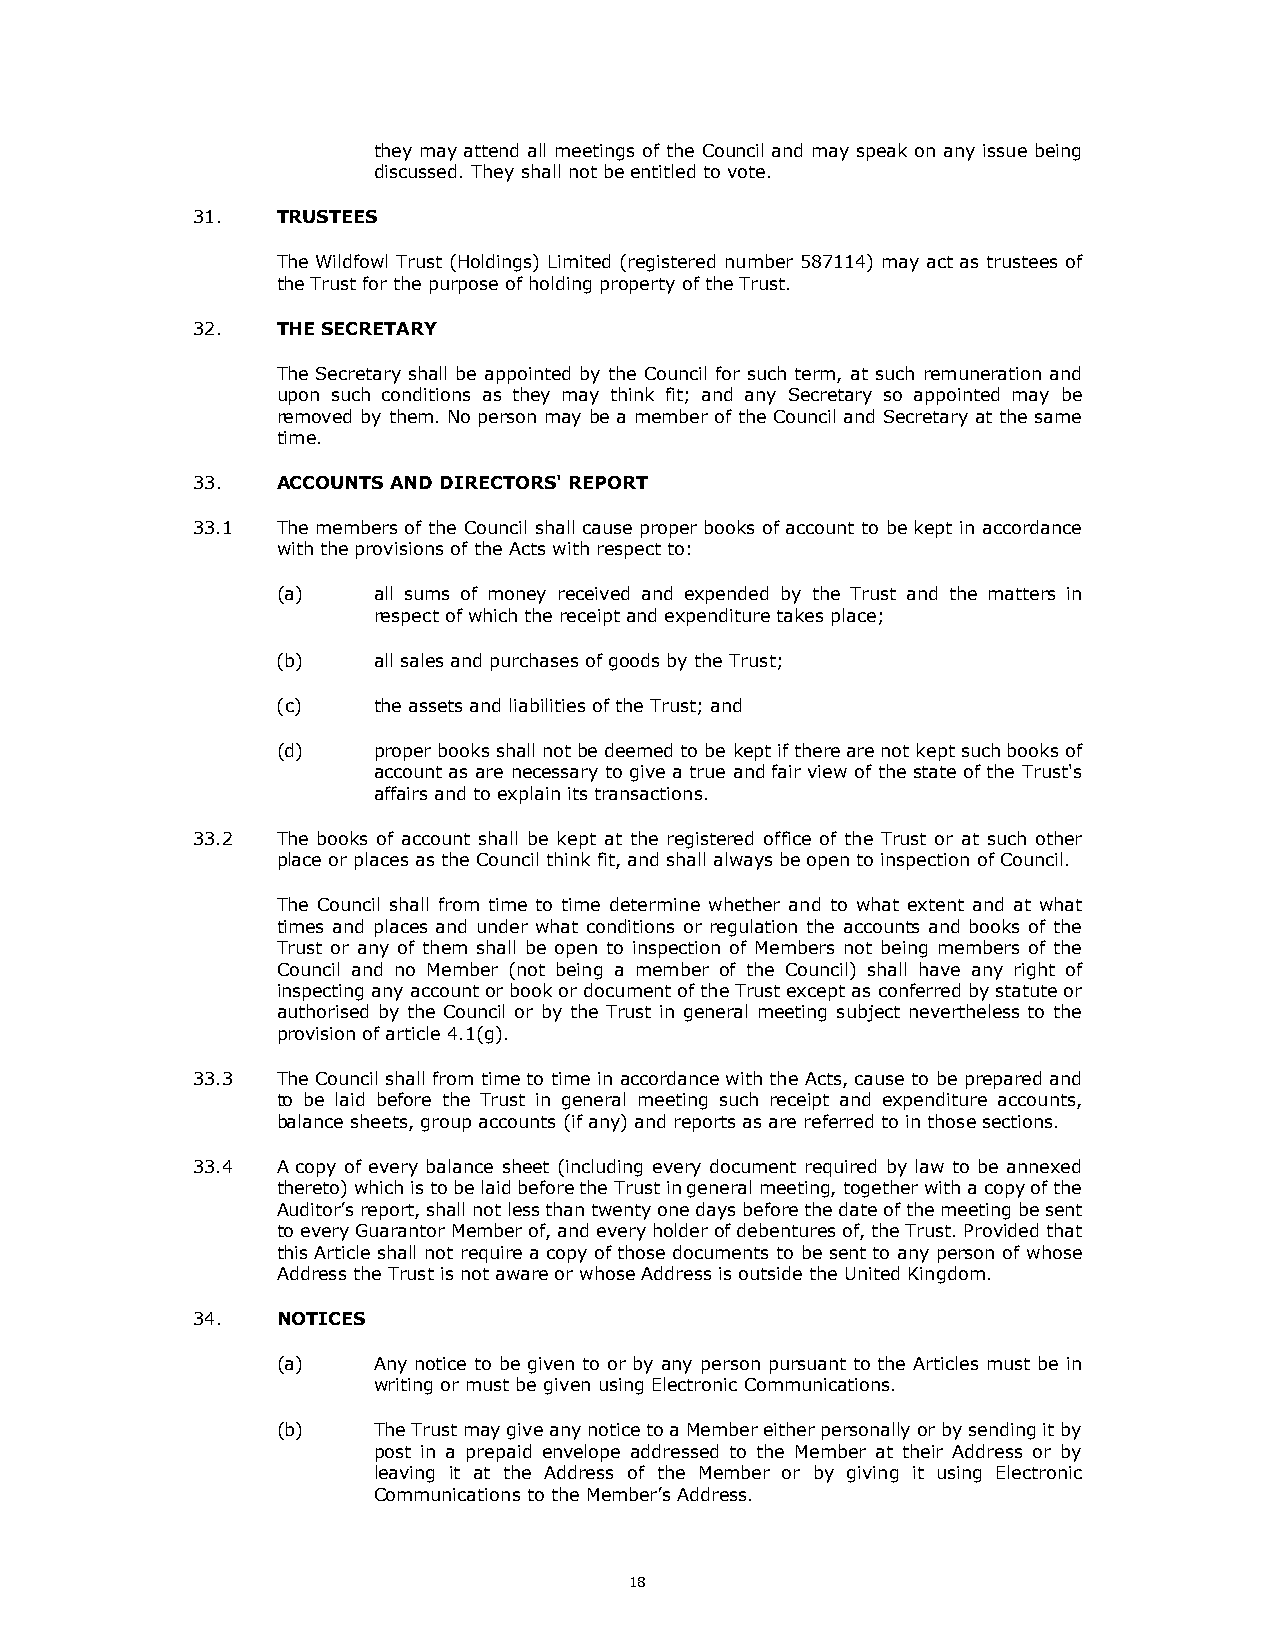
they may attend all meetings of the Council and may speak on any issue being
 discussed. They shall not be entitled to vote.
 31.  TRUSTEES
 The Wildfowl Trust (Holdings) Limited (registered number 587114) may act as trustees of
 the Trust for the purpose of holding property of the Trust.
 32.  THE SECRETARY
 The Secretary shall be appointed by the Council for such term, at such remuneration and
 upon such conditions as they may think fit; and any Secretary so appointed may be
 removed by them. No person may be a member of the Council and Secretary at the same
 time.
 33.  ACCOUNTS AND DIRECTORS' REPORT
 33.1 The members of the Council shall cause proper books of account to be kept in accordance
 with the provisions of the Acts with respect to:
 (a)    all sums of money received and expended by the Trust and the matters in
 respect of which the receipt and expenditure takes place;
 (b)    all sales and purchases of goods by the Trust;
 (c)    the assets and liabilities of the Trust; and
 (d)    proper books shall not be deemed to be kept if there are not kept such books of
 account as are necessary to give a true and fair view of the state of the Trust's
 affairs and to explain its transactions.
 33.2 The books of account shall be kept at the registered office of the Trust or at such other
 place or places as the Council think fit, and shall always be open to inspection of Council.
 The Council shall from time to time determine whether and to what extent and at what
 times and places and under what conditions or regulation the accounts and books of the
 Trust or any of them shall be open to inspection of Members not being members of the
 Council and no Member (not being a member of the Council) shall have any right of
 inspecting any account or book or document of the Trust except as conferred by statute or
 authorised by the Council or by the Trust in general meeting subject nevertheless to the
 provision of article 4.1(g).
 33.3 The Council shall from time to time in accordance with the Acts, cause to be prepared and
 to be laid before the Trust in general meeting such receipt and expenditure accounts,
 balance sheets, group accounts (if any) and reports as are referred to in those sections.
 33.4 A copy of every balance sheet (including every document required by law to be annexed
 thereto) which is to be laid before the Trust in general meeting, together with a copy of the
 Auditor’s report, shall not less than twenty one days before the date of the meeting be sent
 to every Guarantor Member of, and every holder of debentures of, the Trust. Provided that
 this Article shall not require a copy of those documents to be sent to any person of whose
 Address the Trust is not aware or whose Address is outside the United Kingdom.
 34.  NOTICES
 (a)    Any notice to be given to or by any person pursuant to the Articles must be in
 writing or must be given using Electronic Communications.
 (b)    The Trust may give any notice to a Member either personally or by sending it by
 post in a prepaid envelope addressed to the Member at their Address or by
 leaving it at the Address of the Member or by giving it using Electronic
 Communications to the Member’s Address.
 18